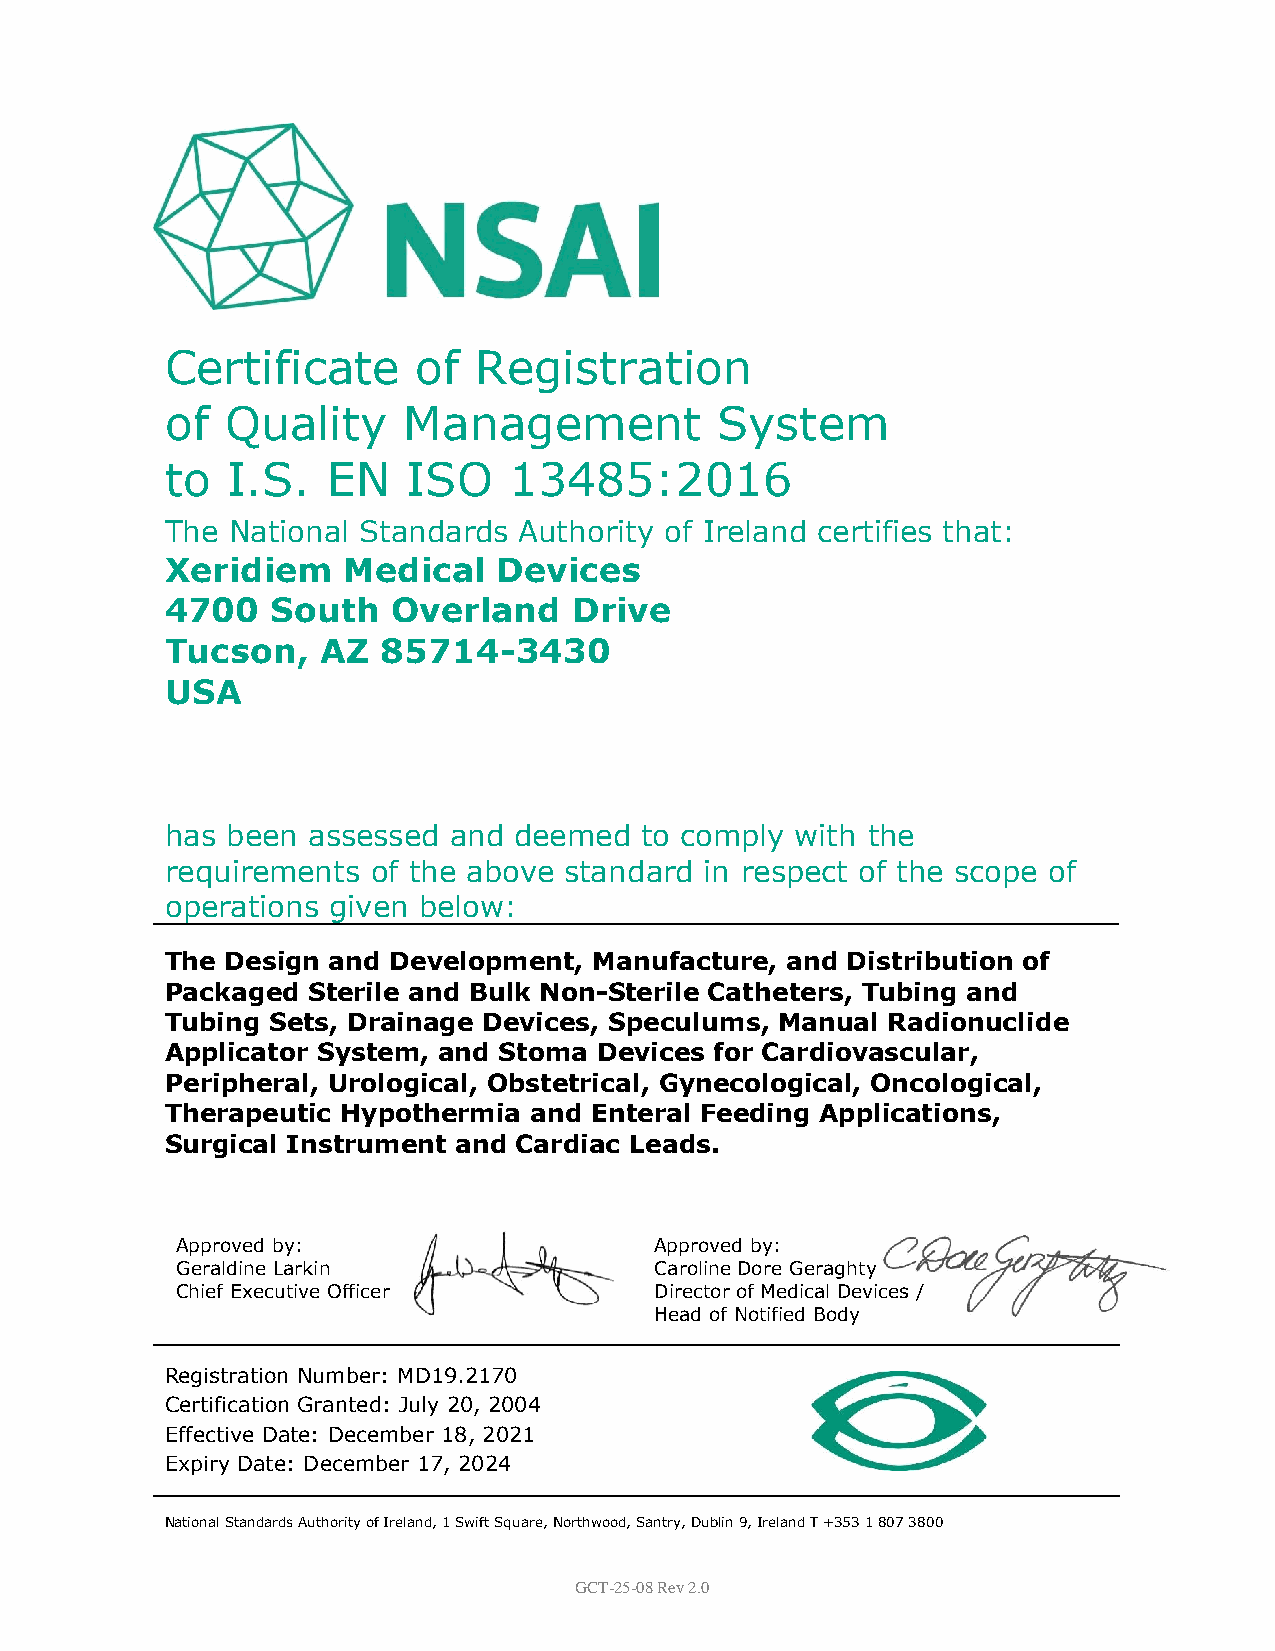
Certificate      of Registration
 of  Quality     Management          System
 to  I.S.   EN   ISO    13485:2016
 The National Standards Authority of Ireland certifies that:
 Xeridiem    Medical   Devices
 4700   South   Overland    Drive
 Tucson,   AZ  85714-3430
 USA
 has been assessed  and deemed  to comply  with the
 requirements  of the above standard in respect of the scope of
 operations given below:
 The Design and Development, Manufacture, and Distribution of
 Packaged Sterile and Bulk Non-Sterile Catheters, Tubing and
 Tubing Sets, Drainage Devices, Speculums, Manual Radionuclide
 Applicator System, and Stoma Devices for Cardiovascular,
 Peripheral, Urological, Obstetrical, Gynecological, Oncological,
 Therapeutic Hypothermia and Enteral Feeding Applications,
 Surgical Instrument and Cardiac Leads.
 Approved by:                   Approved by:
 Geraldine Larkin               Caroline Dore Geraghty
 Chief Executive Officer        Director of Medical Devices /
 Head of Notified Body
 Registration Number: MD19.2170
 Certification Granted: July 20, 2004
 Effective Date: December 18, 2021
 Expiry Date: December 17, 2024
 National Standards Authority of Ireland, 1 Swift Square, Northwood, Santry, Dublin 9, Ireland T +353 1 807 3800
 GCT-25-08 Rev 2.0